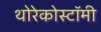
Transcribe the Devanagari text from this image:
थोरेकोस्टॉमी